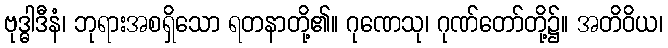
ဗုဒ္ဓါဒီနံ၊ ဘုရားအစရှိသော ရတနာတို့၏။ ဂုဏေသု၊ ဂုဏ်တော်တို့၌။ အတိဝိယ၊